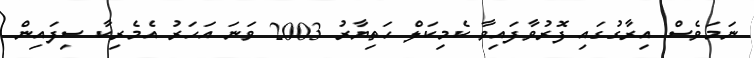
ނަމަވެސް އިރާގުގައި ފޮރުވާފައިވާ ކެމިކަލް ހަތިޔާރު 2003 ވަނަ އަހަރު އެމެރިކާ ސިފައިން